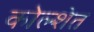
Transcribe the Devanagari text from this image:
कोल्शेत